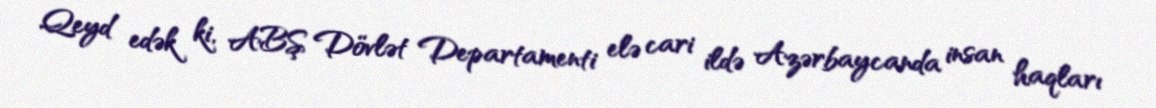
Qeyd edək ki, ABŞ Dövlət Departamenti elə cari ildə Azərbaycanda insan haqları